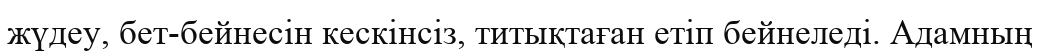
жүдеу, бет-бейнесін кескінсіз, титықтаған етіп бейнеледі. Адамның